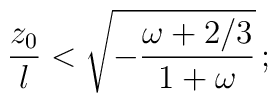
{z_0 \over l} < \sqrt{- {{\omega+2/3}\over {1+\omega}}} \, ;